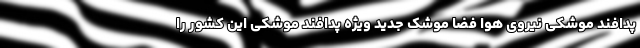
پدافند موشکی نیروی هوا فضا موشک جدید ویژه پدافند موشکی این کشور را